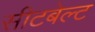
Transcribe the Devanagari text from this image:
सीटबेल्‍ट